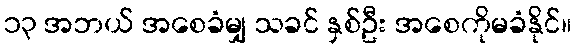
၁၃ အဘယ် အစေခံမျှ သခင် နှစ်ဦး အစေကိုမခံနိုင်။